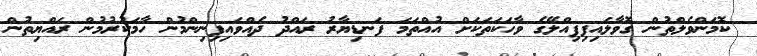
ކޮމަންވެލްތުން ގޮވާލައިފިޕިއްލޭގެ ވާހަކަތަކަށް އުއްތަމަ ފަނޑިޔާރު ރައްދު ދެއްވައިފިނިންމުން ހާމަކުރުމުން ރައްޔިތުން